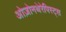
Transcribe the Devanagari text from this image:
ओज़ोनथेरेपिस्ट्स